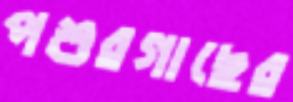
পশুরগাছের